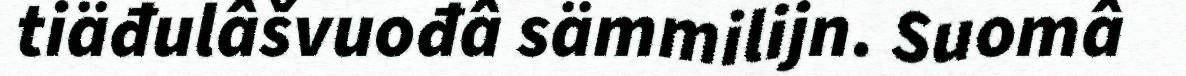
tiäđulâšvuođâ sämmilijn. Suomâ